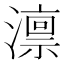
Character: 𪷤